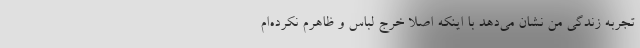
تجربه زندگی من نشان می‌دهد با اینکه اصلاً خرج لباس و ظاهرم نکرده‌ام